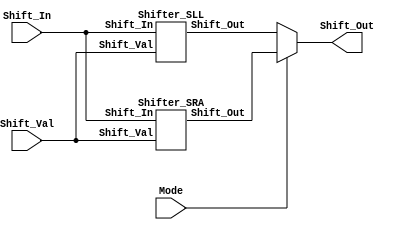

module Shifter(Shift_Out, Shift_In, Shift_Val, Mode);

input [15:0] Shift_In; // This is the input data to perform shift operations on
input [3:0] Shift_Val; // Shift amount (used to shift the input data)
input Mode; // To indicate 0=SLL or 1=SRA
output [15:0] Shift_Out; // Shifted output data

wire signed [15:0] sll_out, sra_out;

Shifter_SLL sll_module(.Shift_Out(sll_out), .Shift_In(Shift_In), .Shift_Val(Shift_Val));
Shifter_SRA sra_module(.Shift_Out(sra_out), .Shift_In(Shift_In), .Shift_Val(Shift_Val));

assign Shift_Out = (Mode) ? sra_out : sll_out;

endmodule

module Shifter_SLL(Shift_Out, Shift_In, Shift_Val);

input [15:0] Shift_In;
input [3:0] Shift_Val;
output [15:0] Shift_Out;

wire [15:0] shift0, shift1, shift2, shift3;

assign shift0 = (Shift_Val[0] == 1'b1) ? {Shift_In[14:0], 1'h0} : Shift_In;
assign shift1 = (Shift_Val[1] == 1'b1) ? {shift0[13:0], 2'h0} : shift0;
assign shift2 = (Shift_Val[2] == 1'b1) ? {shift1[11:0], 4'h0} : shift1;
assign shift3 = (Shift_Val[3] == 1'b1) ? {shift2[7:0], 8'h00} : shift2;

assign Shift_Out = shift3;

endmodule

module Shifter_SRA(Shift_Out, Shift_In, Shift_Val);

input [15:0] Shift_In;
input [3:0] Shift_Val;
output [15:0] Shift_Out;

wire [15:0] shift0, shift1, shift2, shift3;

assign shift0 = (Shift_Val[0] == 1'b1) ? { {1{Shift_In[15]}}, Shift_In[15:1]} : Shift_In;
assign shift1 = (Shift_Val[1] == 1'b1) ? { {2{shift0[15]}}, shift0[15:2]} : shift0;
assign shift2 = (Shift_Val[2] == 1'b1) ? { {4{shift1[15]}}, shift1[15:4]} : shift1;
assign shift3 = (Shift_Val[3] == 1'b1) ? { {8{shift2[15]}}, shift2[15:8]} : shift2;

assign Shift_Out = shift3;

endmodule